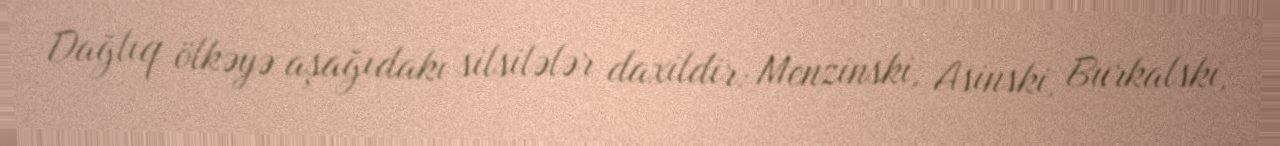
Dağlıq ölkəyə aşağıdakı silsilələr daxildir: Menzinski, Asinski, Burkalski,